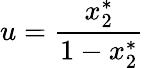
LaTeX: u=\frac{x_{2}^{*}}{1-x_{2}^{*}}